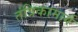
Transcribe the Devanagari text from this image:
तंत्रिकामार्ग